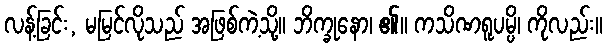
လန့်ခြင်း, မမြင်လိုသည် အဖြစ်ကဲ့သို့။ ဘိက္ခုနော၊ ၏။ ကသိဏရူပမ္ပိ၊ ကိုလည်း။